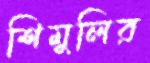
শিমুলির